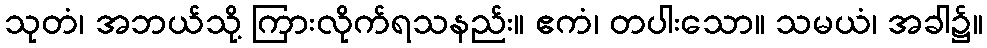
သုတံ၊ အဘယ်သို့ ကြားလိုက်ရသနည်း။ ဧကံ၊ တပါးသော။ သမယံ၊ အခါ၌။